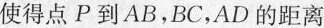
使得点P到AB，BC，AD的距离